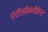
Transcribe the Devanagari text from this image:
एंटीऑक्सीडेन्ट